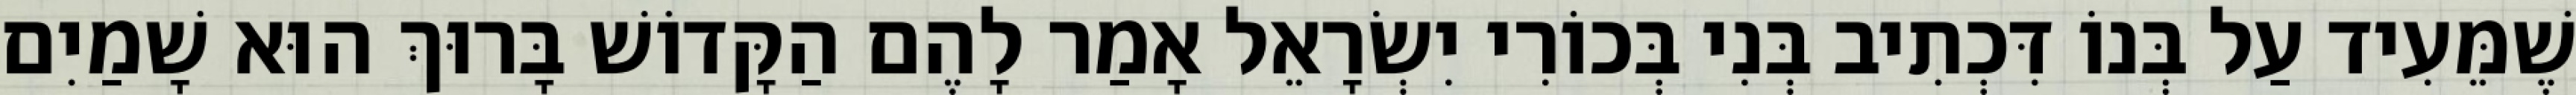
שֶׁמֵּעִיד עַל בְּנוֹ דִּכְתִיב בְּנִי בְּכוֹרִי יִשְׂרָאֵל אָמַר לָהֶם הַקָּדוֹשׁ בָּרוּךְ הוּא שָׁמַיִם